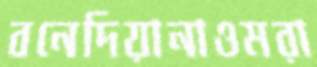
বনেদিয়ানাওমরা